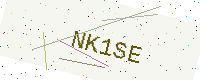
Text: NK1SE